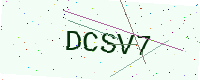
Text: DCSV7